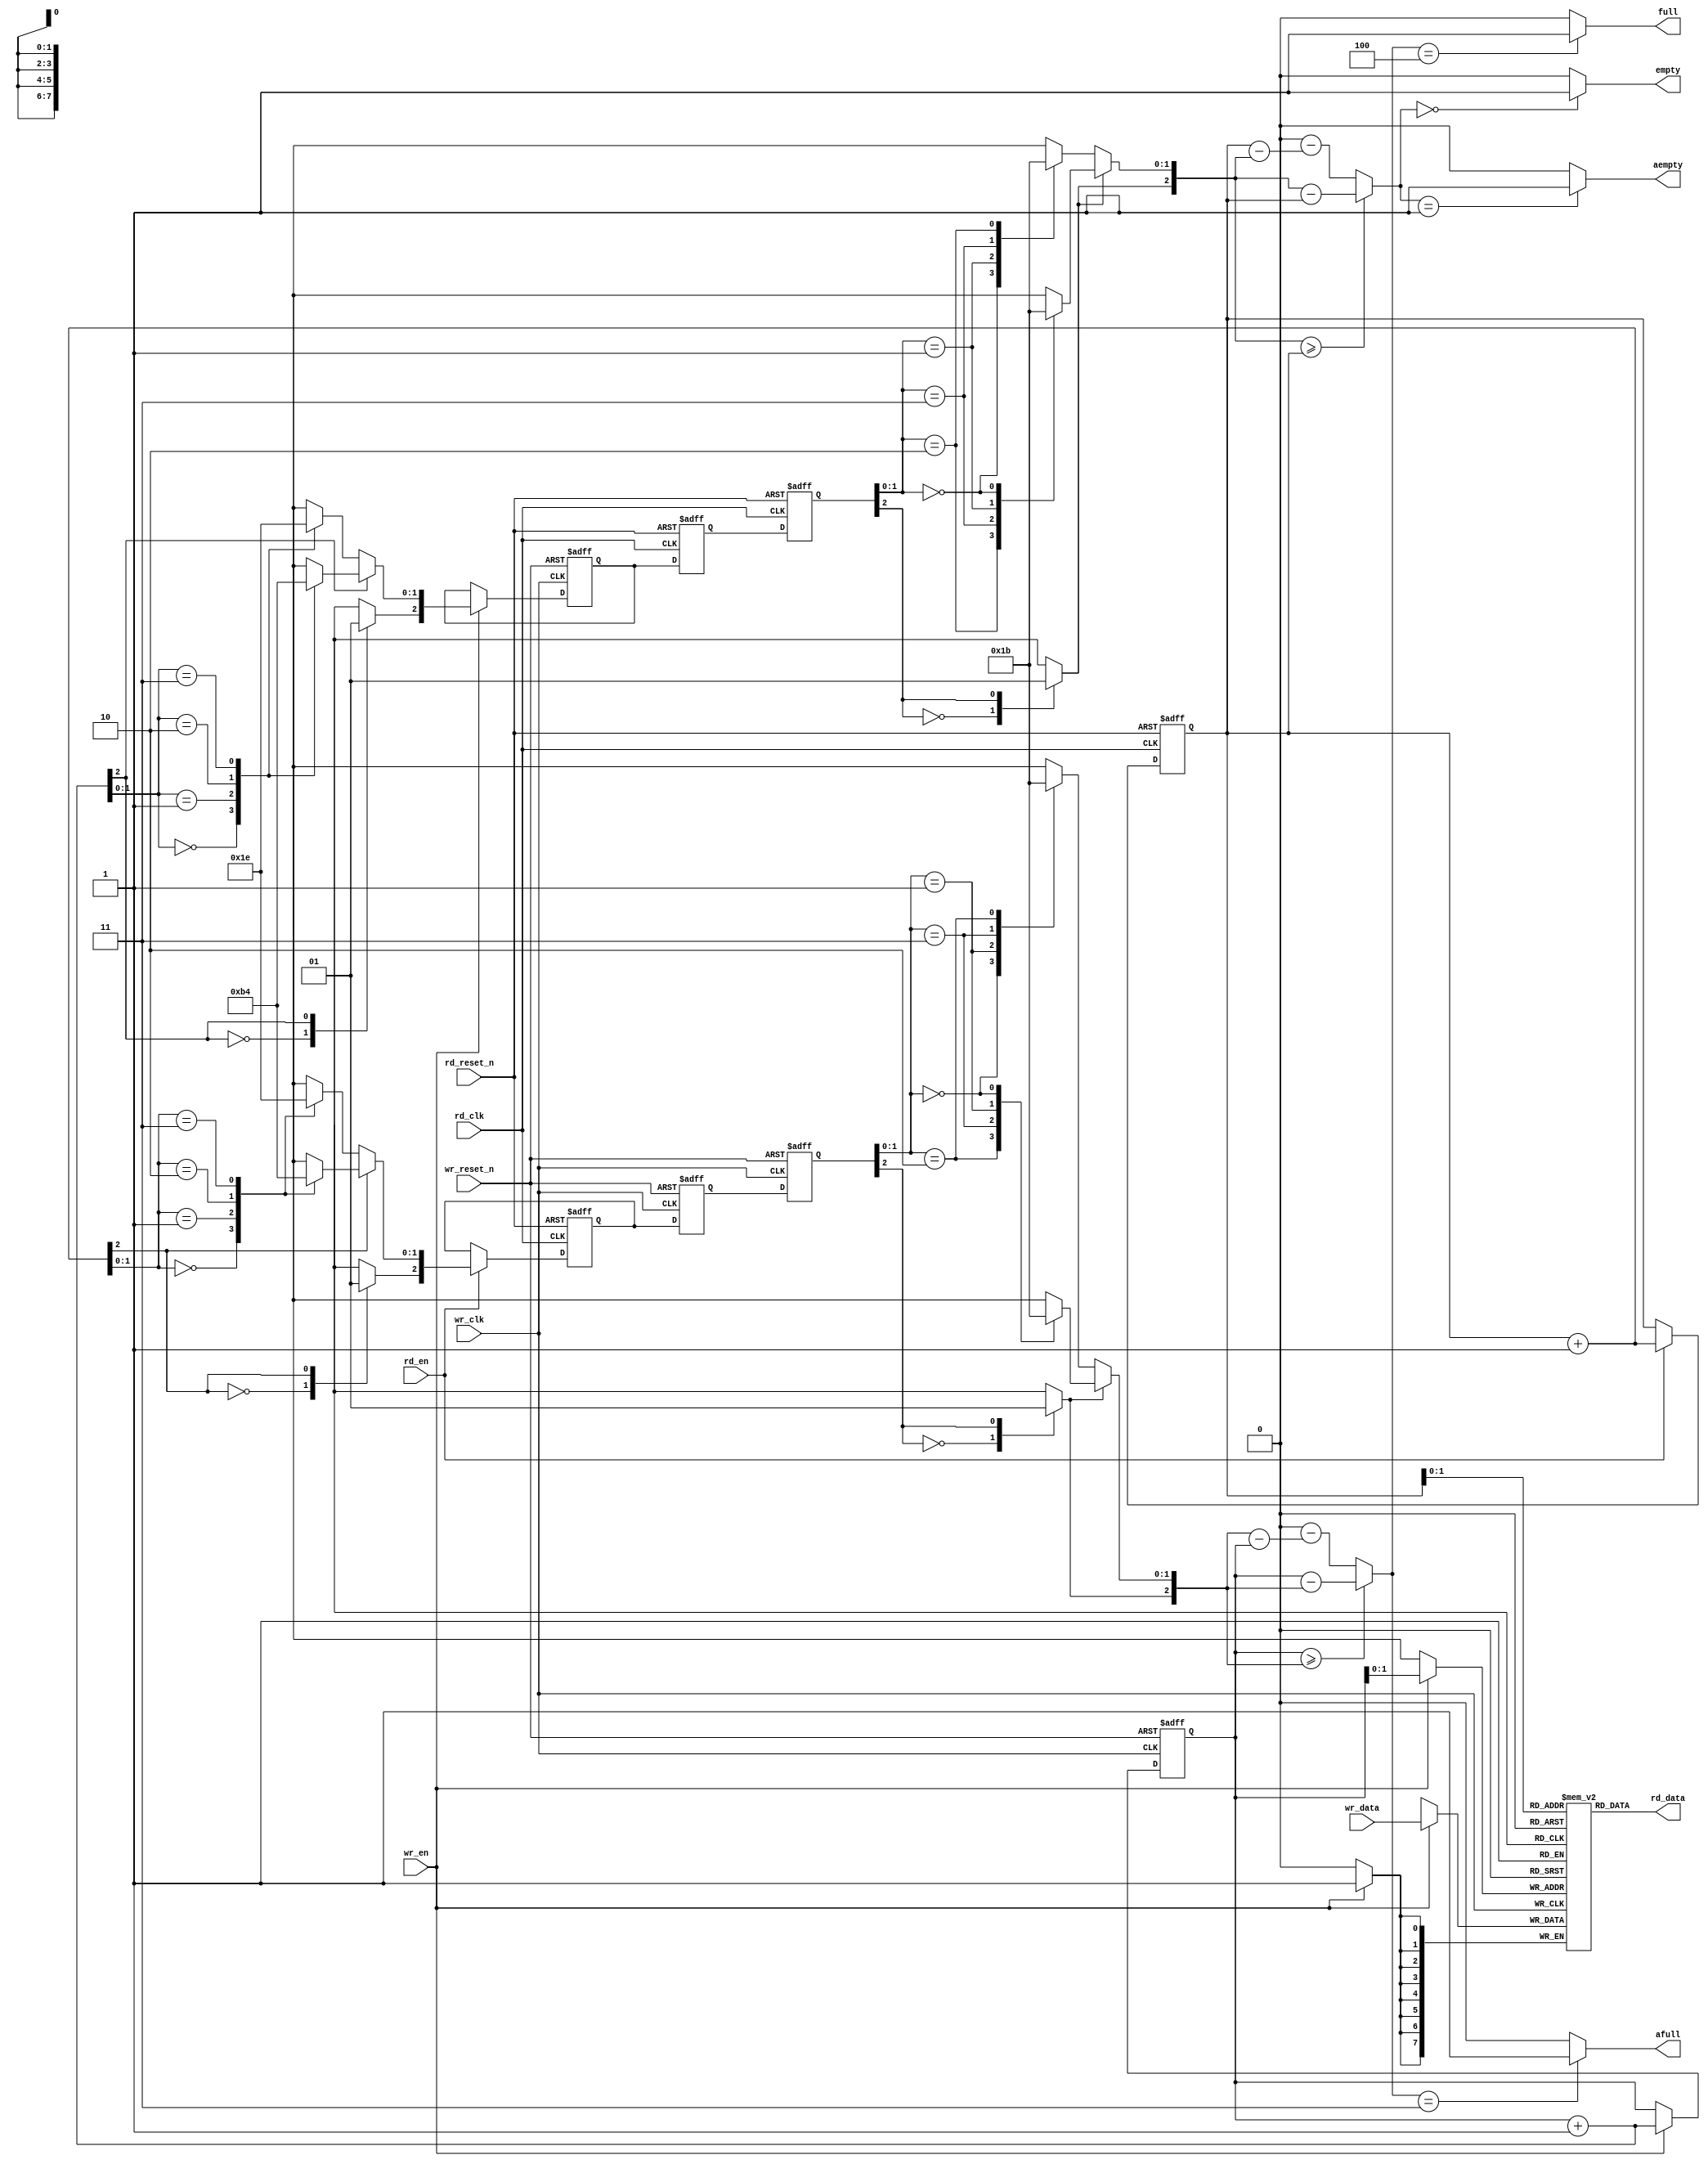
module async_fifo (
	wr_clk,
	wr_reset_n,
	wr_en,
	wr_data,
	full,
	afull,
	rd_clk,
	rd_reset_n,
	rd_en,
	empty,
	aempty,
	rd_data
);
	parameter W = 4'd8;
	parameter DP = 3'd4;
	parameter WR_FAST = 1'b1;
	parameter RD_FAST = 1'b1;
	parameter FULL_DP = DP;
	parameter EMPTY_DP = 1'b0;
	parameter AW = (DP == 2 ? 1 : (DP == 4 ? 2 : (DP == 8 ? 3 : (DP == 16 ? 4 : (DP == 32 ? 5 : (DP == 64 ? 6 : (DP == 128 ? 7 : (DP == 256 ? 8 : 0))))))));
	output wire [W - 1:0] rd_data;
	input [W - 1:0] wr_data;
	input wr_clk;
	input wr_reset_n;
	input wr_en;
	input rd_clk;
	input rd_reset_n;
	input rd_en;
	output wire full;
	output wire empty;
	output wire afull;
	output wire aempty;
	// initial if (AW == 0)
	// 	$display("%m : ERROR!!! Fifo depth %d not in range 2 to 256", DP);
	reg [W - 1:0] mem [DP - 1:0];
	reg [AW:0] sync_rd_ptr_0;
	reg [AW:0] sync_rd_ptr_1;
	wire [AW:0] sync_rd_ptr;
	reg [AW:0] wr_ptr;
	reg [AW:0] grey_wr_ptr;
	reg [AW:0] grey_rd_ptr;
	reg full_q;
	wire full_c;
	wire afull_c;
	wire [AW:0] wr_ptr_inc = wr_ptr + 1'b1;
	function [AW:0] get_cnt;
		input [AW:0] wr_ptr;
		input [AW:0] rd_ptr;
		if (wr_ptr >= rd_ptr)
			get_cnt = wr_ptr - rd_ptr;
		else
			get_cnt = (DP * 2) - (rd_ptr - wr_ptr);
	endfunction
	wire [AW:0] wr_cnt = get_cnt(wr_ptr, sync_rd_ptr);
	assign full_c = (wr_cnt == FULL_DP ? 1'b1 : 1'b0);
	assign afull_c = (wr_cnt == (FULL_DP - 1) ? 1'b1 : 1'b0);
	function [1:0] do_grey;
		input [2:0] bin;
		if (bin[2])
			case (bin[1:0])
				2'b00: do_grey = 2'b10;
				2'b01: do_grey = 2'b11;
				2'b10: do_grey = 2'b01;
				2'b11: do_grey = 2'b00;
			endcase
		else
			case (bin[1:0])
				2'b00: do_grey = 2'b00;
				2'b01: do_grey = 2'b01;
				2'b10: do_grey = 2'b11;
				2'b11: do_grey = 2'b10;
			endcase
	endfunction
	function [AW:0] bin2grey;
		input [AW:0] bin;
		reg [8:0] bin_8;
		reg [8:0] grey_8;
		begin
			bin_8 = bin;
			grey_8[1:0] = do_grey(bin_8[2:0]);
			grey_8[3:2] = do_grey(bin_8[4:2]);
			grey_8[5:4] = do_grey(bin_8[6:4]);
			grey_8[7:6] = do_grey(bin_8[8:6]);
			grey_8[8] = bin_8[8];
			bin2grey = grey_8[AW:0];
		end
	endfunction
	always @(posedge wr_clk or negedge wr_reset_n)
		if (!wr_reset_n) begin
			wr_ptr <= 0;
			grey_wr_ptr <= 0;
			full_q <= 0;
		end
		else if (wr_en) begin
			wr_ptr <= wr_ptr_inc;
			grey_wr_ptr <= bin2grey(wr_ptr_inc);
			if (wr_cnt == (FULL_DP - 1))
				full_q <= 1'b1;
		end
		else if (full_q && (wr_cnt < FULL_DP))
			full_q <= 1'b0;
	assign full = (WR_FAST == 1 ? full_c : full_q);
	assign afull = afull_c;
	always @(posedge wr_clk)
		if (wr_en)
			mem[wr_ptr[AW - 1:0]] <= wr_data;
	wire [AW:0] grey_rd_ptr_dly;
	// assign #(1) grey_rd_ptr_dly = grey_rd_ptr;
	assign grey_rd_ptr_dly = grey_rd_ptr;
	always @(posedge wr_clk or negedge wr_reset_n)
		if (!wr_reset_n) begin
			sync_rd_ptr_0 <= 0;
			sync_rd_ptr_1 <= 0;
		end
		else begin
			sync_rd_ptr_0 <= grey_rd_ptr_dly;
			sync_rd_ptr_1 <= sync_rd_ptr_0;
		end
	function [1:0] do_bin;
		input [2:0] grey;
		if (grey[2])
			case (grey[1:0])
				2'b10: do_bin = 2'b00;
				2'b11: do_bin = 2'b01;
				2'b01: do_bin = 2'b10;
				2'b00: do_bin = 2'b11;
			endcase
		else
			case (grey[1:0])
				2'b00: do_bin = 2'b00;
				2'b01: do_bin = 2'b01;
				2'b11: do_bin = 2'b10;
				2'b10: do_bin = 2'b11;
			endcase
	endfunction
	function [AW:0] grey2bin;
		input [AW:0] grey;
		reg [8:0] grey_8;
		reg [8:0] bin_8;
		begin
			grey_8 = grey;
			bin_8[8] = grey_8[8];
			bin_8[7:6] = do_bin({bin_8[8], grey_8[7:6]});
			bin_8[5:4] = do_bin({bin_8[6], grey_8[5:4]});
			bin_8[3:2] = do_bin({bin_8[4], grey_8[3:2]});
			bin_8[1:0] = do_bin({bin_8[2], grey_8[1:0]});
			grey2bin = bin_8[AW:0];
		end
	endfunction
	assign sync_rd_ptr = grey2bin(sync_rd_ptr_1);
	reg [AW:0] sync_wr_ptr_0;
	reg [AW:0] sync_wr_ptr_1;
	wire [AW:0] sync_wr_ptr;
	reg [AW:0] rd_ptr;
	reg empty_q;
	wire empty_c;
	wire aempty_c;
	wire [AW:0] rd_ptr_inc = rd_ptr + 1'b1;
	wire [AW:0] sync_wr_ptr_dec = sync_wr_ptr - 1'b1;
	wire [AW:0] rd_cnt = get_cnt(sync_wr_ptr, rd_ptr);
	assign empty_c = (rd_cnt == 0 ? 1'b1 : 1'b0);
	assign aempty_c = (rd_cnt == 1 ? 1'b1 : 1'b0);
	always @(posedge rd_clk or negedge rd_reset_n)
		if (!rd_reset_n) begin
			rd_ptr <= 0;
			grey_rd_ptr <= 0;
			empty_q <= 1'b1;
		end
		else if (rd_en) begin
			rd_ptr <= rd_ptr_inc;
			grey_rd_ptr <= bin2grey(rd_ptr_inc);
			if (rd_cnt == (EMPTY_DP + 1))
				empty_q <= 1'b1;
		end
		else if (empty_q && (rd_cnt != EMPTY_DP))
			empty_q <= 1'b0;
	assign empty = (RD_FAST == 1 ? empty_c : empty_q);
	assign aempty = aempty_c;
	reg [W - 1:0] rd_data_q;
	wire [W - 1:0] rd_data_c = mem[rd_ptr[AW - 1:0]];
	always @(posedge rd_clk) rd_data_q <= rd_data_c;
	assign rd_data = (RD_FAST == 1 ? rd_data_c : rd_data_q);
	wire [AW:0] grey_wr_ptr_dly;
	// assign #(1) grey_wr_ptr_dly = grey_wr_ptr;
	assign grey_wr_ptr_dly = grey_wr_ptr;
	always @(posedge rd_clk or negedge rd_reset_n)
		if (!rd_reset_n) begin
			sync_wr_ptr_0 <= 0;
			sync_wr_ptr_1 <= 0;
		end
		else begin
			sync_wr_ptr_0 <= grey_wr_ptr_dly;
			sync_wr_ptr_1 <= sync_wr_ptr_0;
		end
	assign sync_wr_ptr = grey2bin(sync_wr_ptr_1);
	// always @(posedge wr_clk)
	// 	if (wr_en && full) begin
	// 		$display($time, "%m Error! afifo overflow!");
	// 		$stop;
	// 	end
	// always @(posedge rd_clk)
	// 	if (rd_en && empty) begin
	// 		$display($time, "%m error! afifo underflow!");
	// 		$stop;
	// 	end
endmodule